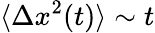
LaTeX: \langle\Delta x^{2}(t)\rangle\sim t